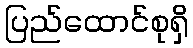
ပြည်ထောင်စုရှိ